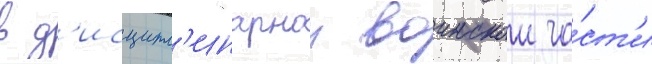
в д'исципл'инарнои воинскои ча́ст'и